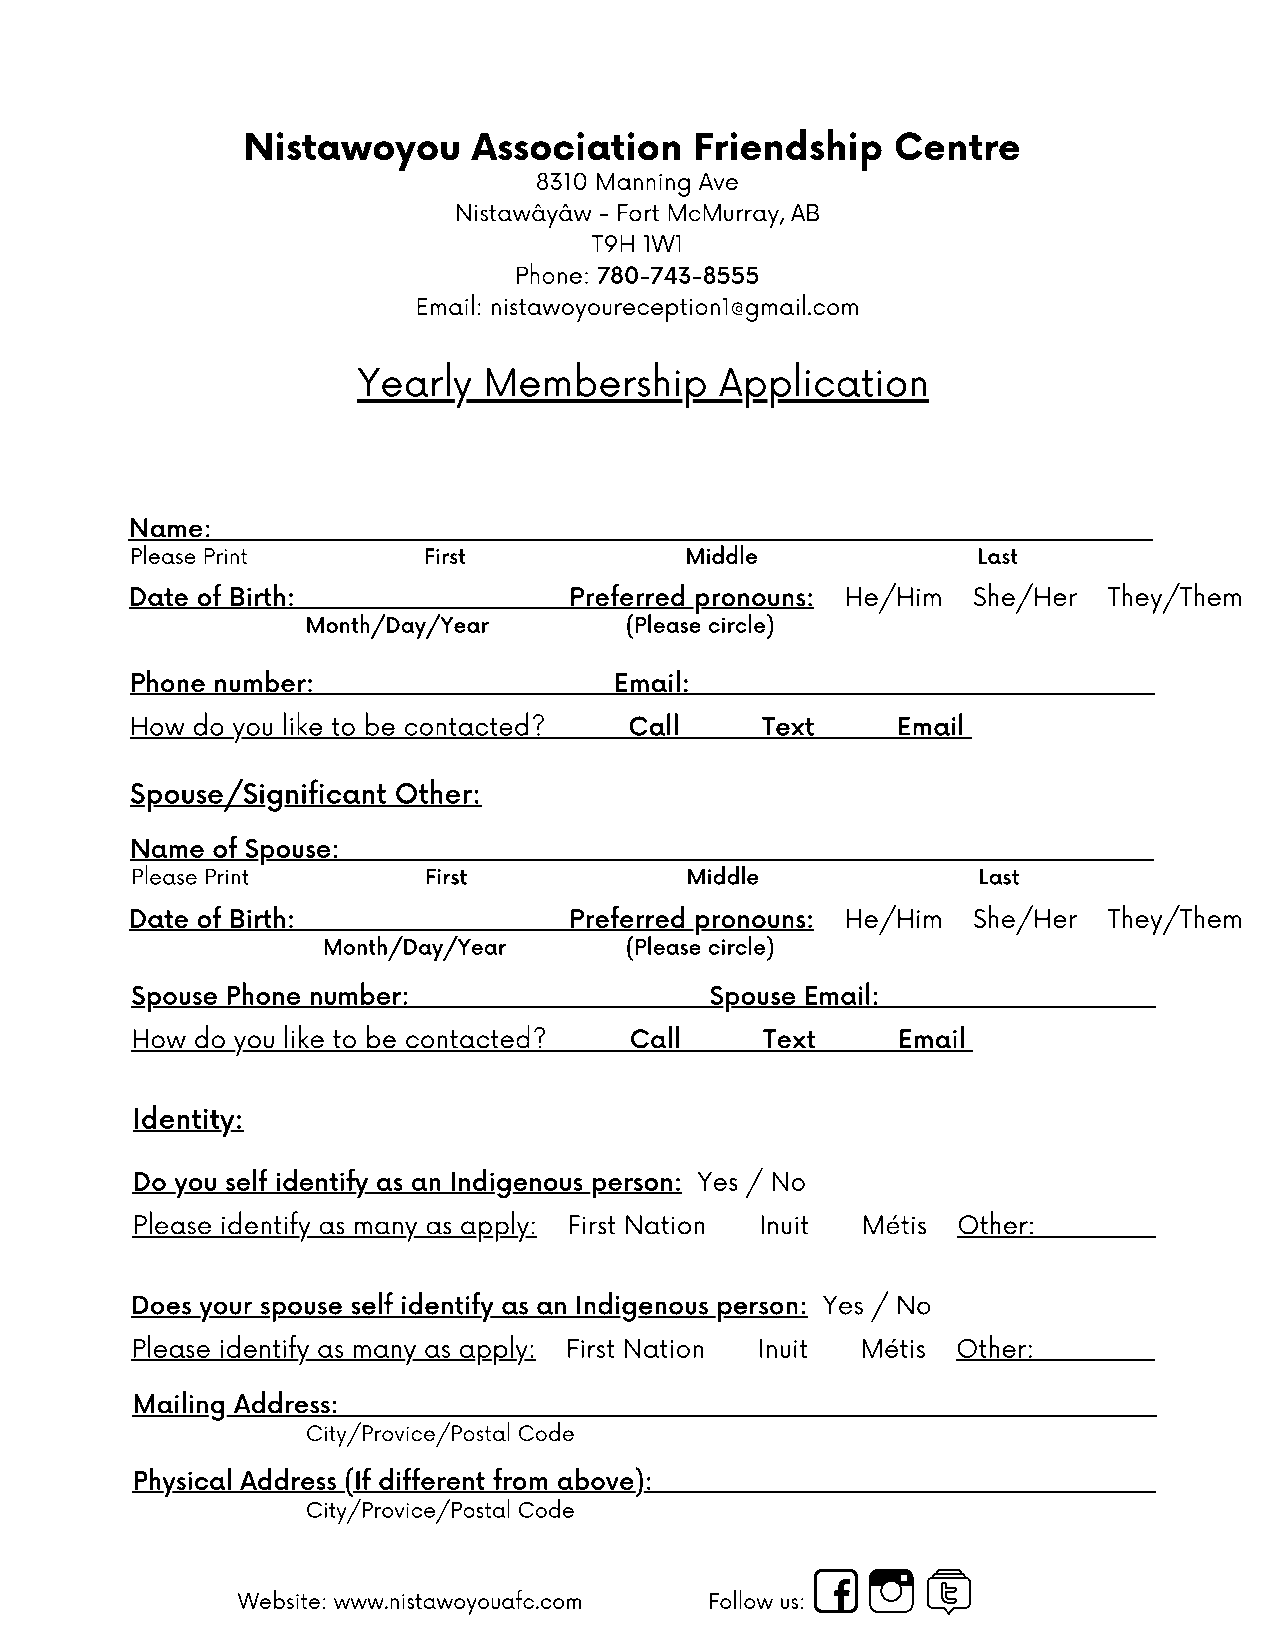
Nistawoyou     Association    Friendship   Centre
 8310 Manning Ave
 Nistawâyâw - Fort McMurray, AB
 T9H 1W1
 Phone: 780-743-8555
 Email: nistawoyoureception1@gmail.com
 Yearly  Membership      Application
 Name:
 Please Print       First            Middle              Last
 Date of Birth:               P r e f e r r e d p r o n o u ns: He/Him She/Her They/Them
 Month/Day/Ye a r     (Please circle)
 Phone number:                   Email:
 How do you like to be contacted? Call    Text     Email
 Spouse/Significant Other:
 Name of Spouse:
 Please Print       First            Middle              Last
 Date of Birth:               P r e f e r r e d p r o n o u n s : H e / H i m S h e / H e r T h e y / T h e m
 Month/Day/ Y e a r  (Please circle)
 Spouse Phone number:                  Spouse Email:
 How do you like to be contacted? Call     Text    Email
 Identity:
 Do you self identify as an Indigenous person: Yes / No
 Please identify as many as apply: First Nation Inuit Métis Other:
 Does your spouse self identify as an Indigenous person: Yes / No
 Please identify as many as apply: First Nation Inuit Métis Other:
 Mailing Address:
 City/Provice/Postal Code
 Physical Address (If different from above):
 City/Provice/Postal Code
 Website: www.nistawoyouafc.com Follow us: